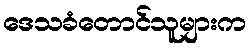
ဒေသခံတောင်သူများက